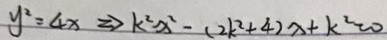
y ^ { 2 } = 4 x \Rightarrow k ^ { 2 } x ^ { 2 } - ( 2 k ^ { 2 } + 4 ) x + k ^ { 2 } = 0